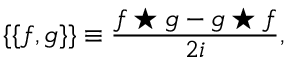
\{ \{ f , g \} \} \equiv { \frac { f \star g - g \star f } { 2 i } } ,